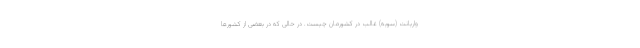
واریانت (سویه) غالب در کشورمان چیست. در حالی که در بعضی از کشورها